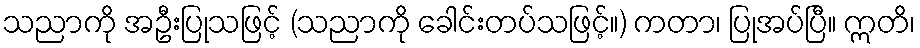
သညာကို အဦးပြုသဖြင့် (သညာကို ခေါင်းတပ်သဖြင့်။) ကတာ၊ ပြုအပ်ပြီ။ ဣတိ၊